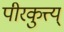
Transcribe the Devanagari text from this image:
पीरकुत्त्य्